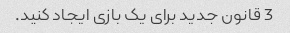
3 قانون جدید برای یک بازی ایجاد کنید.